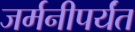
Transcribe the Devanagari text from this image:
जर्मनीपर्यंत